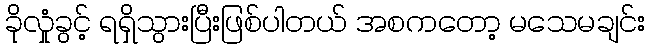
ခိုလှုံခွင့် ရရှိသွားပြီးဖြစ်ပါတယ် အစကတော့ မသေမချင်း